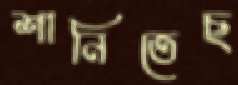
শানিতেছ